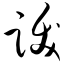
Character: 跋